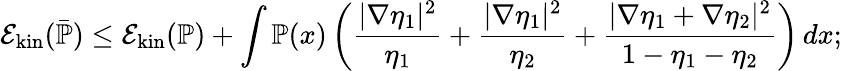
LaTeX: \mathcal E_{\mathrm{kin}}(\bar{\mathbb{P}})\leq\mathcal E_{\mathrm{kin}}(\mathbb{P})+\int\mathbb{P}(x)\left(\frac{|\nabla\eta_{1}|^{2}}{\eta_{1}}+\frac{|\nabla\eta_{1}|^{2}}{\eta_{2}}+\frac{|\nabla\eta_{1}+\nabla\eta_{2}|^{2}}{1-\eta_{1}-\eta_{2}}\right)\, dx;